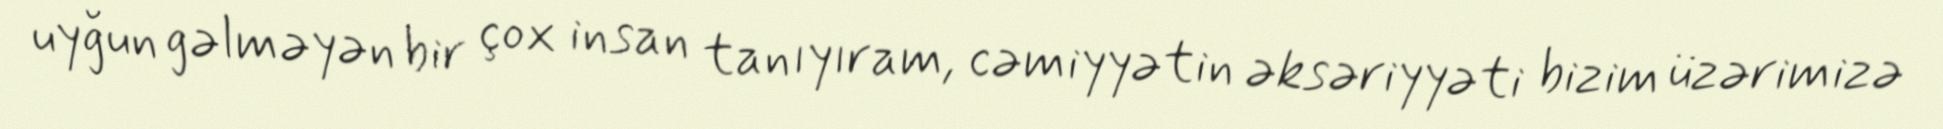
uyğun gəlməyən bir çox insan tanıyıram, cəmiyyətin əksəriyyəti bizim üzərimizə